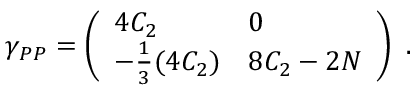
\gamma _ { P P } = \left( \begin{array} { l l } { { 4 C _ { 2 } } } & { { 0 } } \\ { { - { \frac { 1 } { 3 } } ( 4 C _ { 2 } ) } } & { { 8 C _ { 2 } - 2 N } } \end{array} \right) \ .